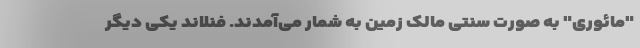
"مائوری" به صورت سنتی مالک زمین به شمار می‌‌آمدند. فنلاند یکی دیگر